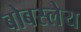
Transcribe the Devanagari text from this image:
बोबस्लेय